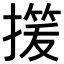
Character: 𢳓